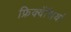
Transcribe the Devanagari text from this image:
फ्रिक्वेंसियां